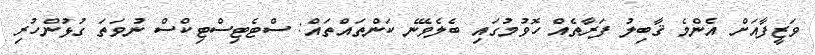
ވަޒީފާއަށް އެންމެ ޤާބިލު ފަރާތެއް ހޮވުމުގައި ބެލެވޭނެ ކަންތައްތައް: ސްޓެޓިސްޓިކްސް ނުވަތަ ގުޅުންހުރި